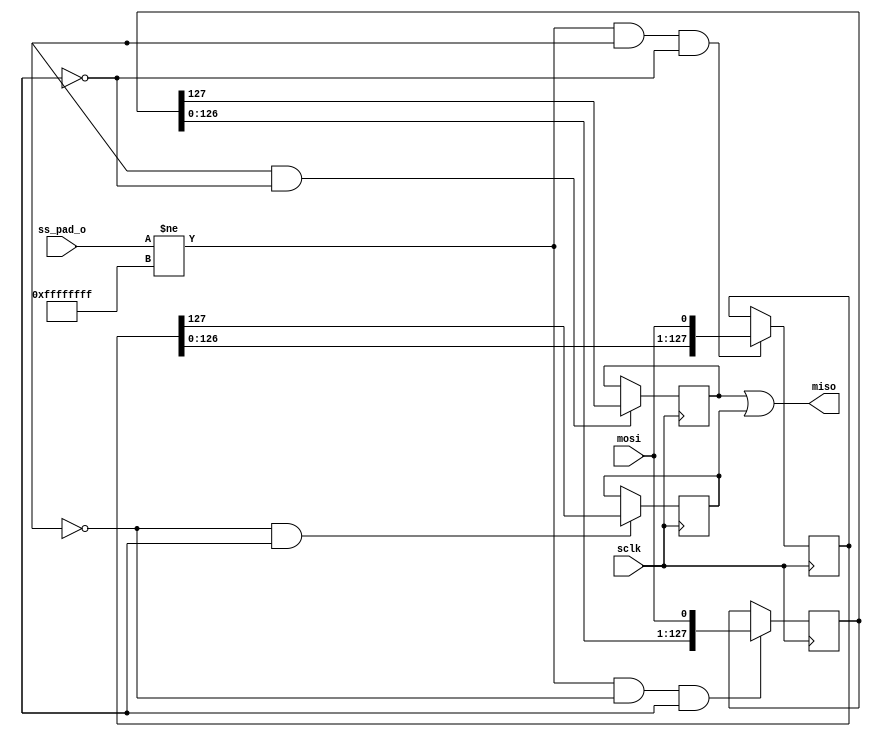
`timescale 1ns / 1ps
//////////////////////////////////////////////////////////////////////////////////
// Company: 
// Engineer: 
// 
// Design Name: 
// Module Name: spi_slave
// Project Name: 
// Target Devices: 
// Tool Versions: 
// Description: 
// 
// Dependencies: 
// 
// Revision:
// Revision 0.01 - File Created
// Additional Comments:
// 
//////////////////////////////////////////////////////////////////////////////////


module spi_slave(input sclk,mosi,
        input [31:0]ss_pad_o,
        output miso);
        
        reg rx_slave;
        reg tx_slave;
        
        //Initial Value of temp is 0
        reg [127:0] temp1 = 0;
        reg [127:0] temp2 = 0;
        
        reg miso1 = 1'b0;
        reg miso2 = 1'b1;
        
        always @(posedge sclk) begin
        if ((ss_pad_o != {32{1'd1}}) && ~rx_slave && tx_slave) temp1 <= {temp1[126:0],mosi};
        end
        
        always @(negedge sclk) begin
        if ((ss_pad_o != {32{1'd1}}) && rx_slave && ~tx_slave) temp2 <= {temp2[126:0],mosi};
        end
        
        always @(negedge sclk) begin
        if (rx_slave && ~tx_slave) miso1 <= temp1[127];
        end
        
        always @(posedge sclk) begin
        if (~rx_slave && tx_slave) miso2 <= temp2[127];
        end
        
        assign miso = miso1 || miso2;
        
        
endmodule